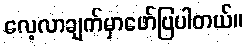
လေ့လာချက်မှာဖော်ပြပါတယ်။